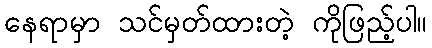
နေရာမှာ သင်မှတ်ထားတဲ့ ကိုဖြည့်ပါ။